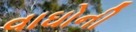
વાઘોની